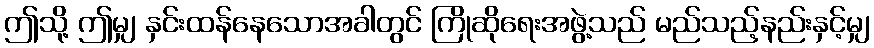
ဤသို့ ဤမျှ နှင်းထန်နေသောအခါတွင် ကြိုဆိုရေးအဖွဲ့သည် မည်သည့်နည်းနှင့်မျှ